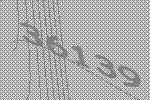
36139